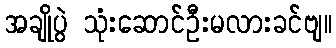
အချိုပွဲ သုံးဆောင်ဦးမလားခင်ဗျ။